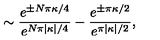
\sim \frac { e ^ { \pm N \pi \kappa / 4 } } { e ^ { N \pi | \kappa | / 4 } } - \frac { e ^ { \pm \pi \kappa / 2 } } { e ^ { \pi | \kappa | / 2 } } ,